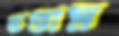
ভণ্ডাম